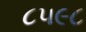
૮૫૯૮